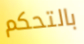
بالتحكم